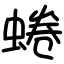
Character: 蜷